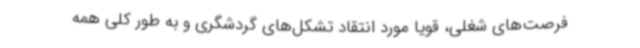
فرصت‌های شغلی، قویاً مورد انتقاد تشکل‌های گردشگری و به طور کلی همه